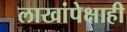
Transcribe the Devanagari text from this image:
लाखांपेक्षाही